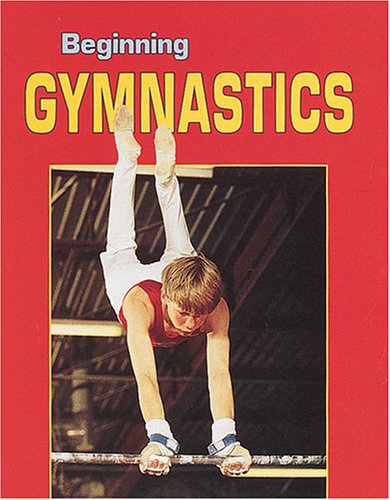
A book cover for Beginning Gymnastics (Beginning Sports); Julie Jensen; Children's Books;